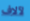
لآلاف